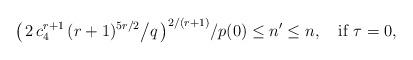
LaTeX: \begin{align*}\big(\,2\,c_4^{r+1}\,(r+1)^{5r/2}\big/q\,\big)^{2/(r+1)}/p(0) \le n' \le n, \quad\hbox{if }\tau=0,\end{align*}